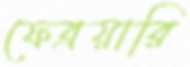
ফেব্রয়ারি